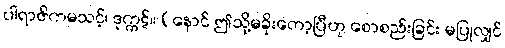
ပါရာဇိကမသင့်၊ ဒုက္ကဋ်။ (နောင် ဤသို့မခိုးတော့ပြီဟု စောစည်းခြင်း မပြုလျှင်